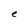
Character: e